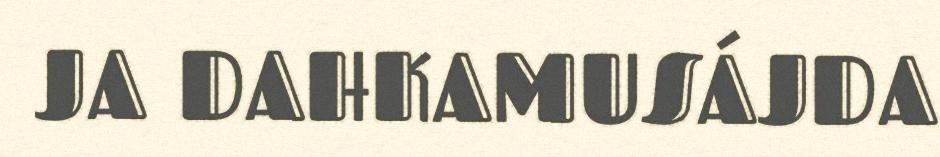
JA DAHKAMUSÁJDA